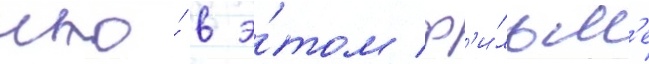
что́ в э́том ф'и́льм'е